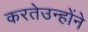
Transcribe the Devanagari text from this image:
करतेउन्होंने